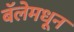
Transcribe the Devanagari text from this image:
बॅलेमधून